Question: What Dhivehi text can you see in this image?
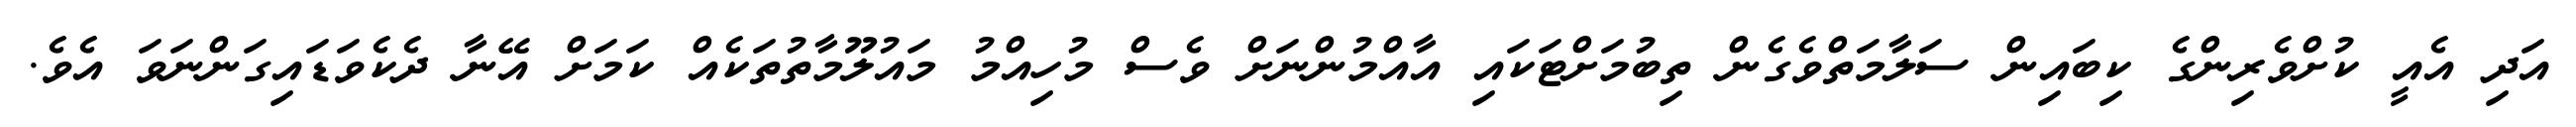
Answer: އަދި އެއީ ކުށްވެރިންގެ ކިބައިން ސަލާމަތްވެގެން ތިބުމަށްޓަކައި އާއްމުންނަށް ވެސް މުހިއްމު މައުލޫމާތުތަކެއް ކަމަށް އޭނާ ދެކެވަޑައިގަންނަވަ އެވެ.